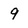
Character: 9